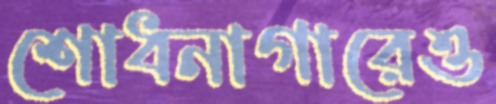
শোধনাগারেও